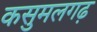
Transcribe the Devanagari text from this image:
कसुमलगढ़